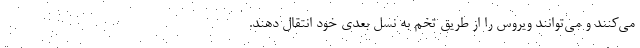
می‌کنند و می‌توانند ویروس را از طریق تخم به نسل بعدی خود انتقال دهند.